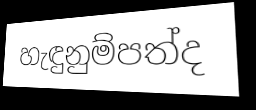
හැඳුනුම්පත්ද